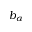
b _ { \alpha }